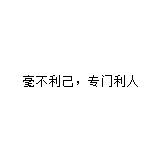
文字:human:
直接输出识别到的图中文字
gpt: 毫不利己，专门利人